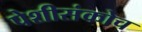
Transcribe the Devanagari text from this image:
पेशीसंकोच